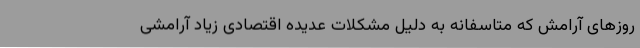
روزهای آرامش که متاسفانه به دلیل مشکلات عدیده اقتصادی زیاد آرامشی